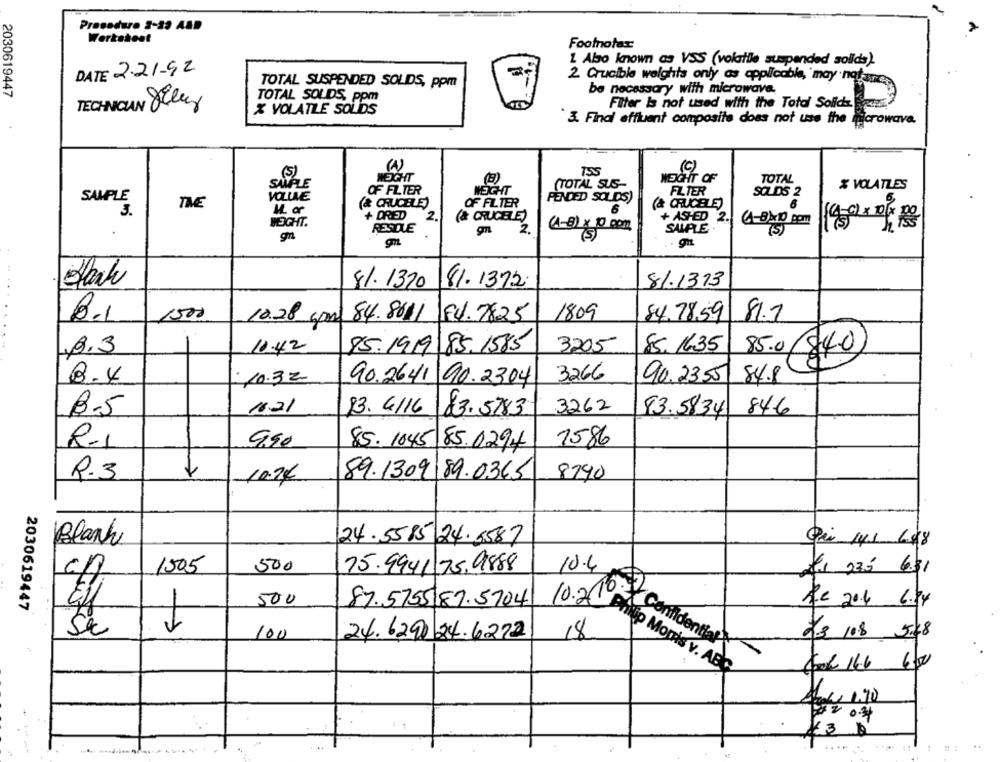
Procedure 2-39 AND
Werksheet
Footnotar
1 Also known as VSS (volatile suspended solids).
DATE 2.21-92
TOTAL SUSPENDED SOLIDS, ppm
2. Crucible weights only as applicable, may notaux
be necessary with microwave.
2030619447
TOTAL SOLDS, ppm
X VOLATILE SOLIDS
3. Final affluent composite does not use the microwave.
Fiter Is not used with the Total Solids
(W)
(5)
(C)
SAMPLE
WEIGHT
(B)
(TOTAL SUS-
WEIGHT OF
TOTAL
OF FILTER
WEIGHT
FILTER
SOLDS 2
% VOLATLES
SAMPLE
VOLLLE
PENDED SOLDS)
THE
& CRUCELE)
OF FILTER
(& CRUCELE)
3.
M. or
6
6
WEIGHT.
+ DRIED
2.
(& CRUCELE)
+ ASHED 2.
RESTLE
(1-8) × 10 com
(1-BMIO pom
1800F
gn
gn
2.
SAMPLE
81.1313
8%. 1370
81.1372.
B.1
1500
10.28 gps
84.8611
84.7825
1809
84.78.59
81.1
B.3
10.42
85.1919 85.1585
3205
88, 1635
85.0 (840)
B.4
10.3 2
90.2641 90.2304
3266
90.2355
84.8
16.21
13. 6/16
3262
83.5834
84.6
B.5
83.5783
9,90
1586
R-1
85. 1645
85.0294
R.3
10.24
89.1309.89.0345
8790
Blank
24.5585 24.5587
1505
500
75.9941 75.9888
10.4
€1 275 631
500
2030619447
87.5755 87.5704
Re 204 6kr
V
100
24.6290 24.6212
8
23 /08 5.48
10.2 10 + Confidential
Philip Morris v. ABC
COOL 166 6.0
44. 1.10